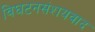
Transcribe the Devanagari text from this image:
विघटनसंशयवाद